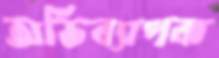
অভিব্যাপক